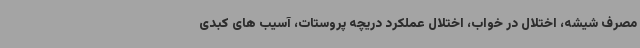
مصرف شیشه، اختلال در خواب، اختلال عملکرد دریچه پروستات، آسیب های کبدی